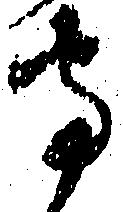
守